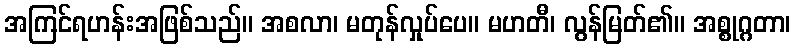
အကြင်ရဟန်းအဖြစ်သည်။ အစလာ၊ မတုန်လှုပ်ပေ။ မဟတီ၊ လွန်မြတ်၏။ အစ္စုဂ္ဂတာ၊